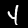
Label: 4